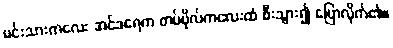
မင်းသားကလေး အင်ဒရေက တပ်ဗိုလ်ကလေးထံ စီးသွား၍ ပြောလိုက်၏။